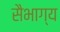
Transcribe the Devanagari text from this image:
सैभाग्य